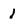
Character: 1